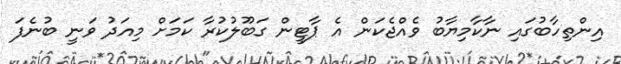
އިންތިހާބުގައި ނާކާމިޔާބު ވެެއްޖެކަން އެ ޕާޓީން ގަބޫލުކުރާ ކަމަށް މިއަދު ވަނީ ބުނެފަ